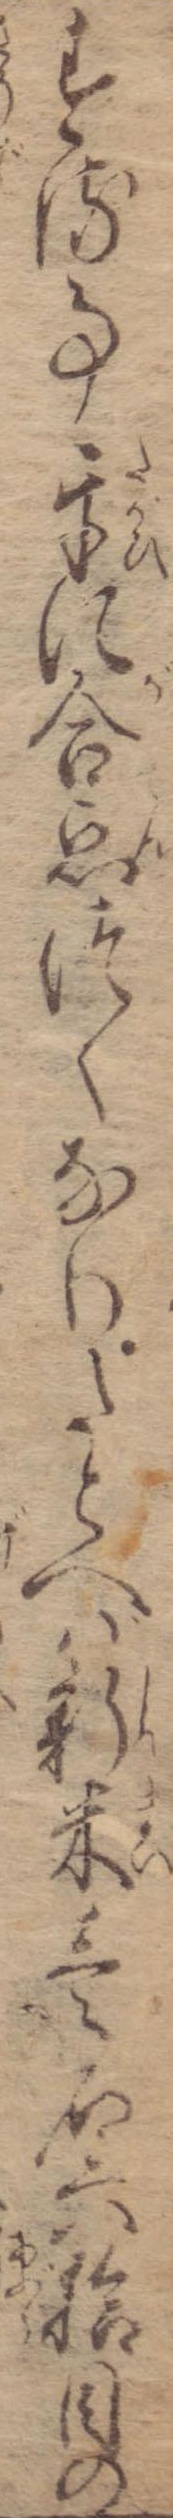
する事互に合点つくなりたとへば新米壱石六拾目の